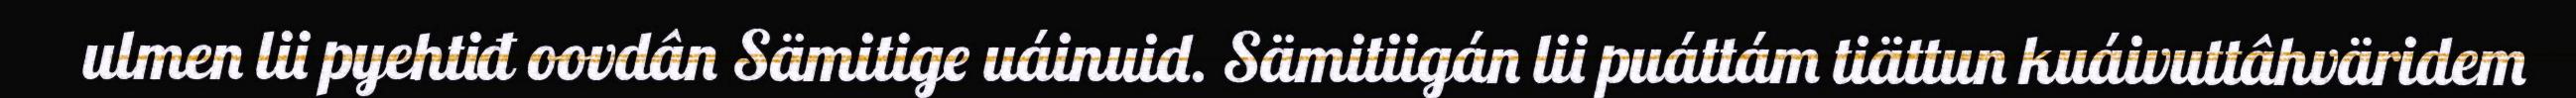
ulmen lii pyehtiđ oovdân Sämitige uáinuid. Sämitiigán lii puáttám tiättun kuáivuttâhväridem